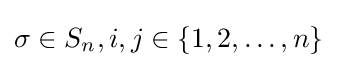
\sigma \in S_{n},i,j\in \{1,2,\dots ,n\}